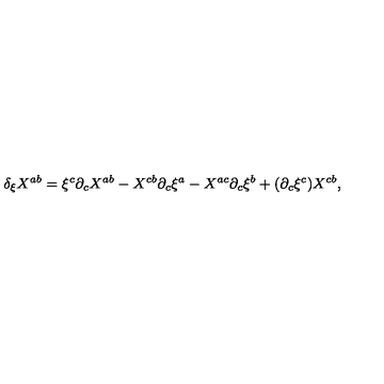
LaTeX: \delta _ { \xi } X ^ { a b } = \xi ^ { c } \partial _ { c } X ^ { a b } - X ^ { c b } \partial _ { c } \xi ^ { a } - X ^ { a c } \partial _ { c } \xi ^ { b } + ( \partial _ { c } \xi ^ { c } ) X ^ { c b } ,